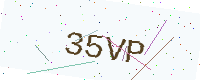
Text: 35VP